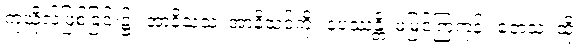
ကုသိုလ်ဖြစ်ခြင်း၌။ အာနိသံသံ၊ အာနိသင်ကို။ နပဿန္တိ၊ မမြင်ကြကုန်။ တေသံ၊ ထို